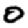
Digit: 0